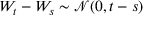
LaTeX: W _ { t } - W _ { s } \sim { \mathcal { N } } ( 0 , t - s )